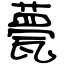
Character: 甍